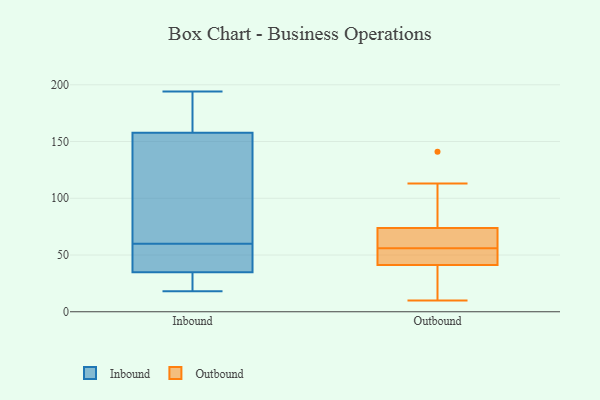
{"axis": {"x": "Bounce Rate (%)", "y": "Value"}, "legend": ["Inbound", "Outbound"], "data": [{"x": "", "y": 77, "type": "Inbound"}, {"x": "", "y": 169, "type": "Inbound"}, {"x": "", "y": 144, "type": "Inbound"}, {"x": "", "y": 154, "type": "Inbound"}, {"x": "", "y": 194, "type": "Inbound"}, {"x": "", "y": 28, "type": "Inbound"}, {"x": "", "y": 53, "type": "Inbound"}, {"x": "", "y": 60, "type": "Inbound"}, {"x": "", "y": 193, "type": "Inbound"}, {"x": "", "y": 37, "type": "Inbound"}, {"x": "", "y": 109, "type": "Inbound"}, {"x": "", "y": 18, "type": "Inbound"}, {"x": "", "y": 26, "type": "Inbound"}, {"x": "", "y": 37, "type": "Inbound"}, {"x": "", "y": 194, "type": "Inbound"}, {"x": "", "y": 44, "type": "Inbound"}, {"x": "", "y": 21, "type": "Inbound"}, {"x": "", "y": 58, "type": "Outbound"}, {"x": "", "y": 10, "type": "Outbound"}, {"x": "", "y": 82, "type": "Outbound"}, {"x": "", "y": 52, "type": "Outbound"}, {"x": "", "y": 53, "type": "Outbound"}, {"x": "", "y": 141, "type": "Outbound"}, {"x": "", "y": 17, "type": "Outbound"}, {"x": "", "y": 45, "type": "Outbound"}, {"x": "", "y": 113, "type": "Outbound"}, {"x": "", "y": 71, "type": "Outbound"}, {"x": "", "y": 56, "type": "Outbound"}, {"x": "", "y": 30, "type": "Outbound"}, {"x": "", "y": 63, "type": "Outbound"}]}